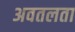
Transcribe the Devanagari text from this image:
अवतलता